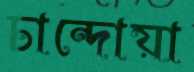
চান্দোয়া